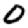
Digit: 0